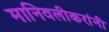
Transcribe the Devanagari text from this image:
मानिवलीकरांनी